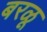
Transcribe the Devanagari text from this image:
बरळू